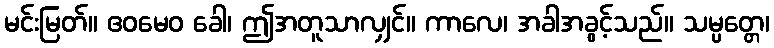
မင်းမြတ်။ ဧဝမေဝ ခေါ၊ ဤအတူသာလျှင်။ ကာလေ၊ အခါအခွင့်သည်။ သမ္ပတ္တေ၊